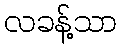
လခန့်သာ